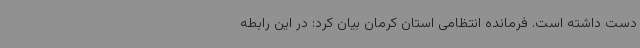
دست داشته است. فرمانده انتظامی استان کرمان بیان کرد: در این رابطه